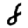
Digit: 8